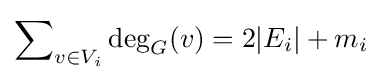
\sum \nolimits _{v\in V_{i}}\deg _{G}(v)=2|E_{i}|+m_{i}